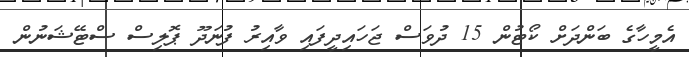
އެމީހާގެ ބަންދަށް ކޯޓުން 15 ދުވަސް ޖަހައިދީފައި ވާއިރު ފުނަދޫ ޕޮލިސް ސްޓޭޝަނުން